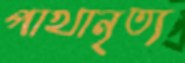
পাখানৃত্য